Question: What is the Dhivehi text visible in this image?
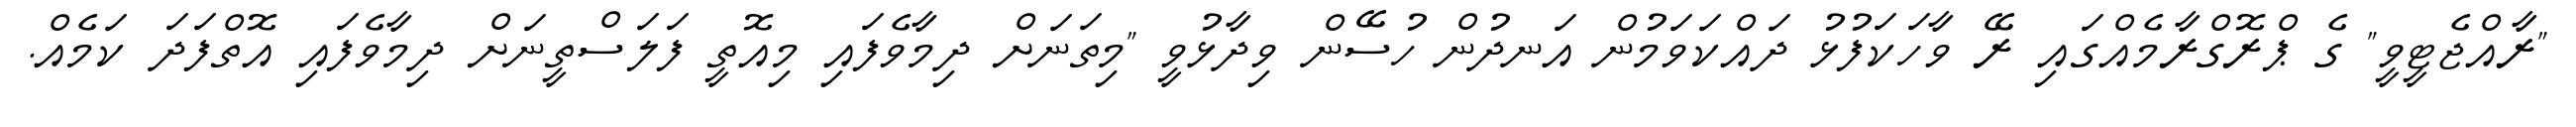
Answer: "ރާއްޖެޓީވީ" ގެ ޕްރޮގްރާމެއްގައި ރޭ ވާހަކަފުޅު ދައްކަވަމުން އަނދުން ހުސޭން ވިދާޅުވީ "މިތަނަށް ދިމާވެފައި މިއޮތީ ފަލަސްތީނަށް ދިމާވެފައި އޮތްފަދަ ކަމެއް.